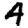
Digit: 4